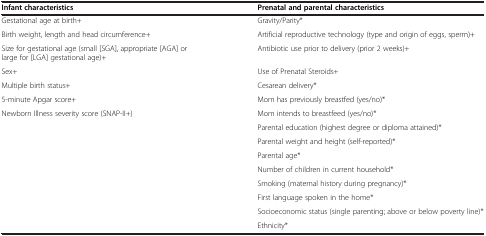
<table><thead><tr><td><b>Infant characteristics</b></td><td><b>Prenatal and parental characteristics</b></td></tr></thead><tbody><tr><td>Gestational age at birth+</td><td>Gravity/Parity*</td></tr><tr><td>Birth weight, length and head circumference+</td><td>Artificial reproductive technology (type and origin of eggs, sperm)+</td></tr><tr><td>Size for gestational age (small [SGA], appropriate [AGA] or large for [LGA] gestational age)+</td><td>Antibiotic use prior to delivery (prior 2 weeks)+</td></tr><tr><td>Sex+</td><td>Use of Prenatal Steroids+</td></tr><tr><td>Multiple birth status+</td><td>Cesarean delivery*</td></tr><tr><td>5-minute Apgar score+</td><td>Mom has previously breastfed (yes/no)*</td></tr><tr><td>Newborn Illness severity score (SNAP-II+)</td><td>Mom intends to breastfeed (yes/no)*</td></tr><tr><td> </td><td>Parental education (highest degree or diploma attained)*</td></tr><tr><td> </td><td>Parental weight and height (self-reported)*</td></tr><tr><td> </td><td>Parental age*</td></tr><tr><td> </td><td>Number of children in current household*</td></tr><tr><td> </td><td>Smoking (maternal history during pregnancy)*</td></tr><tr><td> </td><td>First language spoken in the home*</td></tr><tr><td> </td><td>Socioeconomic status (single parenting; above or below poverty line)*</td></tr><tr><td> </td><td>Ethnicity*</td></tr></tbody></table>